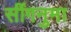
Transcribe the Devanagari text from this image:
सींगनुमा